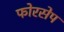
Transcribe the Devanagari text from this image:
फोरसेप